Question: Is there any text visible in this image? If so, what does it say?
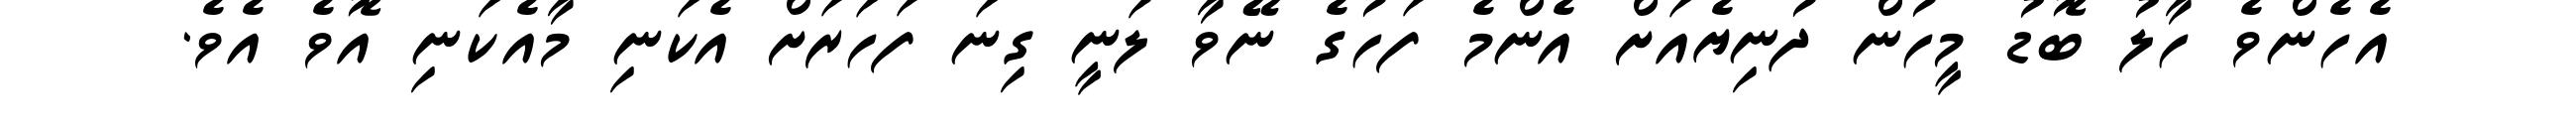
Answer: އެހެންވެ ހާލު ބޮޑު މީހުން ދުނިޔެއަށް އެންމެ ފަހުގެ ނޭވާ ލަނީ ގިނަ ފަހަރަށް އެކަނި މާއެކަނި އޮވެ އެވެ.